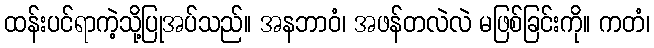
ထန်းပင်ရာကဲ့သို့ပြုအပ်သည်။ အနဘာဝံ၊ အဖန်တလဲလဲ မဖြစ်ခြင်းကို။ ကတံ၊